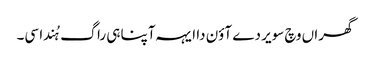
گھراں وچ سویر دے آؤن دا ایہہ آپنا ہی راگ ہُندا سی۔